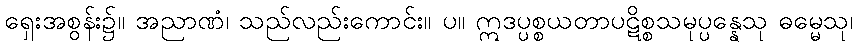
ရှေးအစွန်း၌။ အညာဏံ၊ သည်လည်းကောင်း။ ပ။ ဣဒပ္ပစ္စယတာပဋိစ္စသမုပ္ပန္နေသု ဓမ္မေသု၊